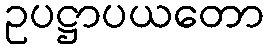
ဥပဋ္ဌာပယတော